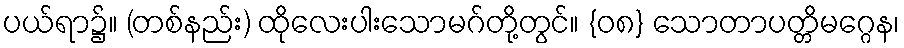
ပယ်ရာ၌။ (တစ်နည်း) ထိုလေးပါးသောမဂ်တို့တွင်။ {၀၈} သောတာပတ္တိမဂ္ဂေန၊